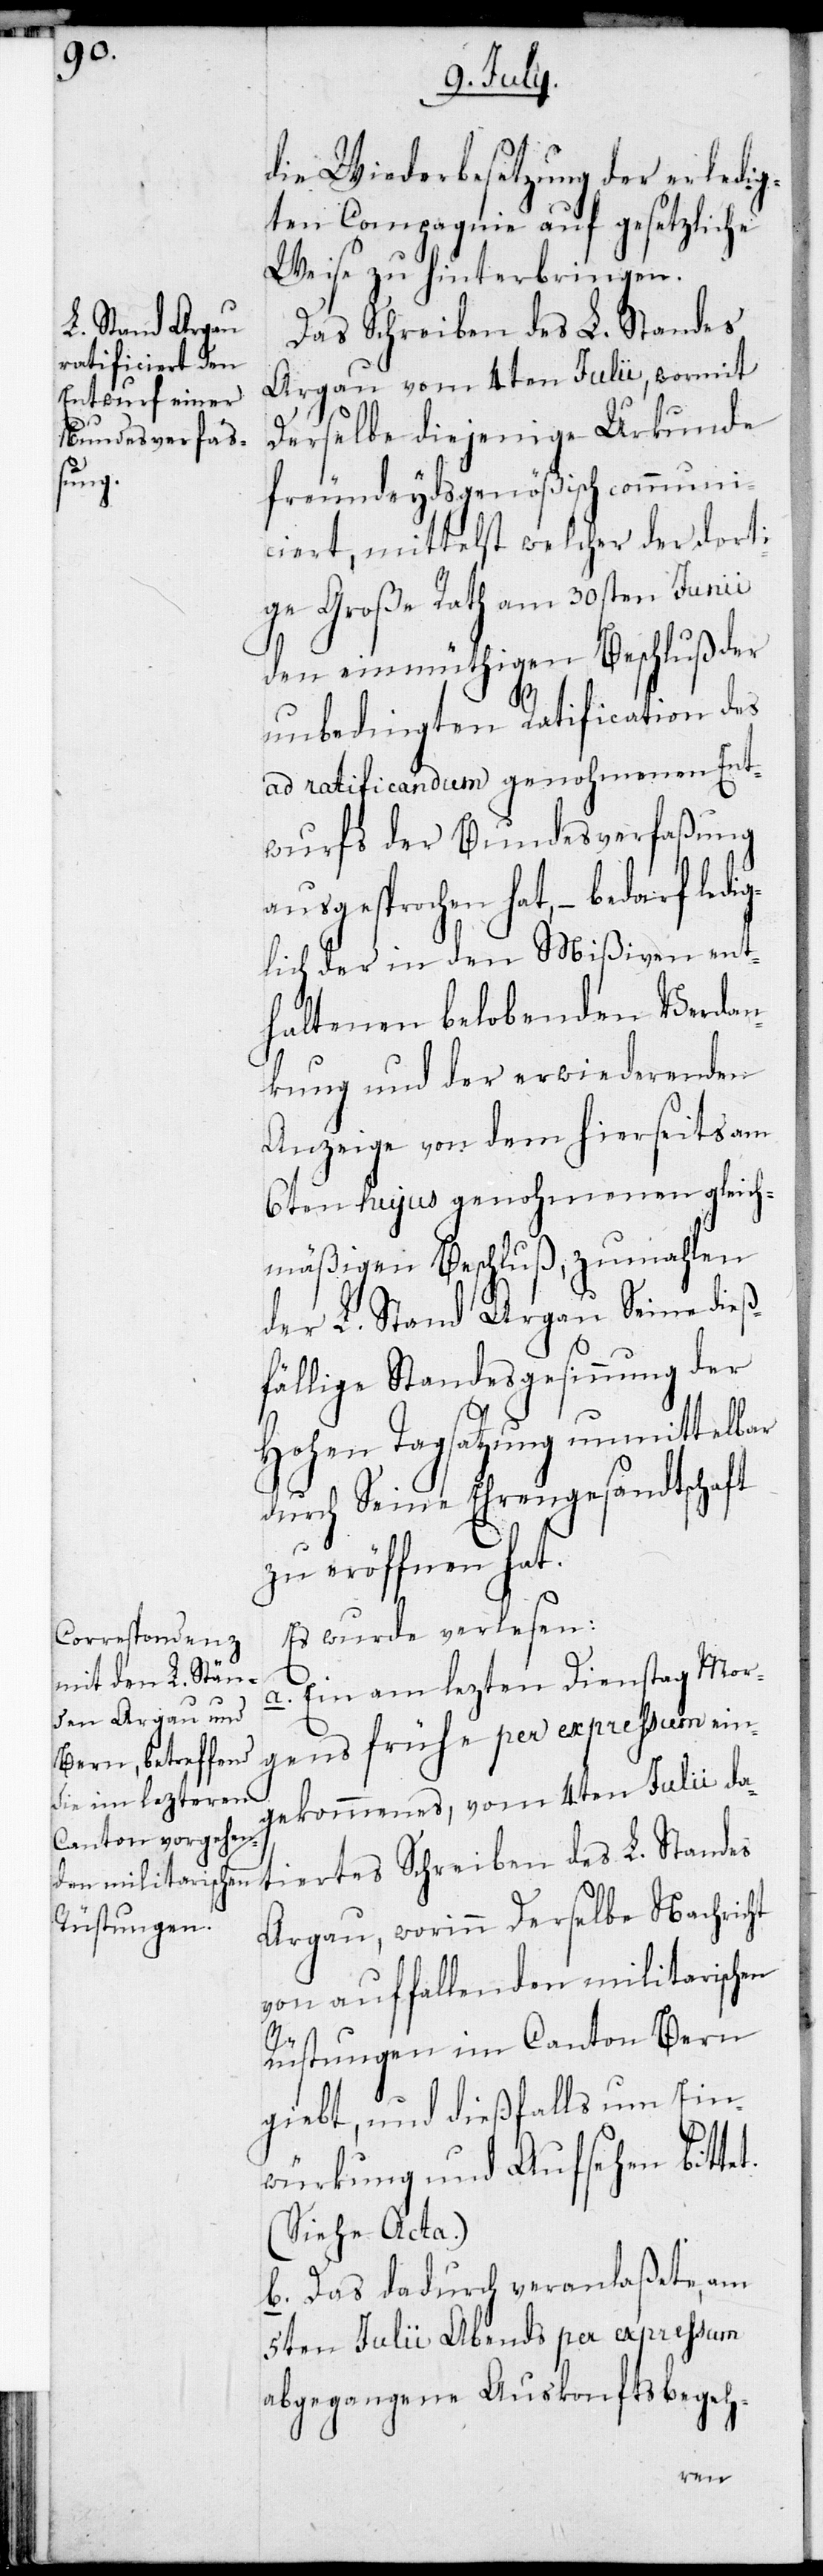
die Wiederbesetzung der erledig¬
ten Compagnie auf gesetzliche
Weise zu hinterbringen.
Das Schreiben des L. Standes
Argau vom 4ten Julii, wormit
Derselbe diejenige Urkunde
freundeydsgenößisch communi¬
ciert, mittelst welcher der dorti¬
ge Große Rath am 30sten Junii
den einmüthigen Beschluß der
unbedingten Ratification des
ad ratificandum genohmenen Ent¬
wurfs der Bundesverfaßung
ausgesprochen hat, – bedarf led¬
iglich der in den Mißiven ent¬
haltenen belobenden Verdan¬
kung und der erwiederenden
Anzeige von dem hierseits am
6ten hujus genohmenen gleich¬
mäßigen Beschluß, zumahlen
der L. Stand Argau Seine dieß¬
fällige Standesgesinnung der
Hohen Tagsatzung unmittelbar
durch Seine Ehrengesandtschaft
zu eröffnen hat.
Es wurde verlesen:
a. Ein am lezten Dienstag Mor¬
gens frühe per expressum ein¬
gekommenes , vom 4ten Julii da¬
tiertes Schreiben des L. Standes
Argau, worinn Derselbe Nachricht
von auffallenden militarischen
Rüstungen im Canton Bern
giebt, und dießfalls um Ein¬
würkung und Aufsehen bittet
(Siehe Acta).
b. Das dadurch veranlaßete, am
5ten Julii Abends per expressum
abgegangene Auskonftsbegeh-